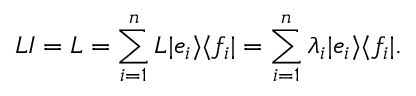
L I = L = \sum _ { i = 1 } ^ { n } L | e _ { i } \rangle \langle f _ { i } | = \sum _ { i = 1 } ^ { n } \lambda _ { i } | e _ { i } \rangle \langle f _ { i } | .